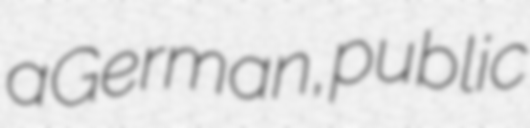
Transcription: a German, public